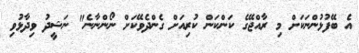
އެ ބޭފުޅުންނަކަށް މި ރާއްޖޭގެ ކަންކަން ކުރިއަށް ގެންދެވޭކަށް ނޯންނާނެ" ނަޝީދު ވިދާޅުވި